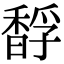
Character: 馟